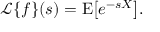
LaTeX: { \mathcal { L } } \{ f \} ( s ) = \operatorname { E } \! \left[ e ^ { - s X } \right] \! .